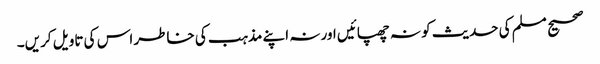
صحیح مسلم کی حدیث کو نہ چھپائیں اور نہ اپنے مذہب کی خاطر اس کی تاویل کریں۔